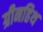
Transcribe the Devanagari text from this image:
ग्रीनहिथ